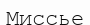
Миссье